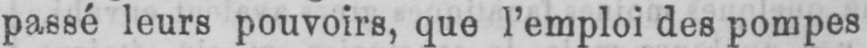
passé leurs pouvoirs, que l’emploi des pompes